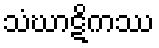
သံဃာဋိကဿ